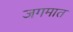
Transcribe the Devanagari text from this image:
जगमात